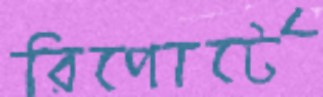
রিপোর্টে